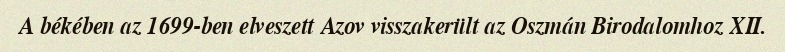
A békében az 1699-ben elveszett Azov visszakerült az Oszmán Birodalomhoz XII.